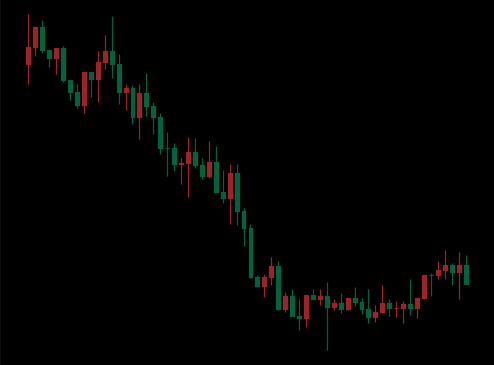
Pattern: bull_flag